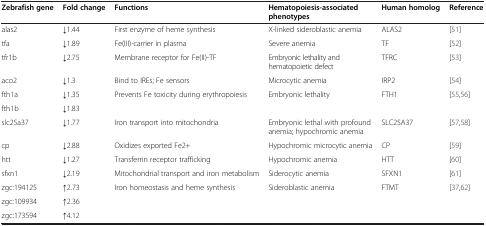
| Zebrafish gene | Fold change | Functions | Hematopoiesis-associated phenotypes | Human homolog | Reference |
 | --- | --- | --- | --- | --- | --- |
 | alas2 | ↓1.44 | First enzyme of heme synthesis | X-linked sideroblastic anemia | ALAS2 | [51] |
 | tfa | ↓1.89 | Fe(III)-carrier in plasma | Severe anemia | TF | [52] |
 | tfr1b | ↓2.75 | Membrane receptor for Fe(II)-TF | Embryonic lethality and hematopoietic defect | TFRC | [53] |
 | aco2 | ↓1.3 | Bind to IREs; Fe sensors | Microcytic anemia | IRP2 | [54] |
 | fth1a | ↓1.35 | <ROWSPAN=2> Prevents Fe toxicity during erythropoiesis | <ROWSPAN=2> Embryonic lethality | <ROWSPAN=2> FTH1 | <ROWSPAN=2> [55,56] |
 | fth1b | ↓1.83 |
 | slc25a37 | ↓1.77 | Iron transport into mitochondria | Embryonic lethal with profound anemia; hypochromic anemia | SLC25A37 | [57,58] |
 | cp | ↓2.88 | Oxidizes exported Fe2+ | Hypochromic microcytic anemia | CP | [59] |
 | htt | ↓1.27 | Transferrin receptor trafficking | Hypochromic anemia | HTT | [60] |
 | sfxn1 | ↓2.19 | Mitochondrial transport and iron metabolism | Siderocytic anemia | SFXN1 | [61] |
 | zgc:194125 | ↑2.73 | <ROWSPAN=2> Iron homeostasis and heme synthesis | <ROWSPAN=2> Sideroblastic anemia | <ROWSPAN=2> FTMT | <ROWSPAN=2> [37,62] |
 | zgc:109934 | ↑2.36 |
 | zgc:173594 | ↑4.12 |  |  |  |  |